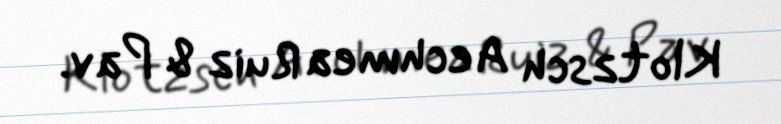
Klotzsch Aechmea Ruiz & Pav.